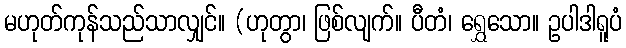
မဟုတ်ကုန်သည်သာလျှင်။ (ဟုတွာ၊ ဖြစ်လျက်။ ပီတံ၊ ရွှေသော။ ဥပါဒါရူပံ